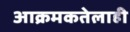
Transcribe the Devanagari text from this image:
आक्रमकतेलाही